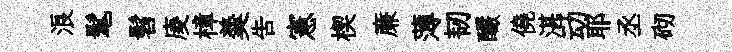
浪髦髫庱樟羮吿憲楔亷薄韧釅僥湛动耶丞砌